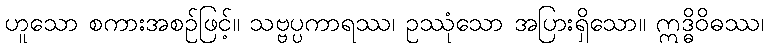
ဟူသော စကားအစဉ်ဖြင့်။ သဗ္ဗပ္ပကာရဿ၊ ဥဿုံသော အပြားရှိသော။ ဣဒ္ဓိဝိဓဿ၊